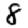
Digit: 8